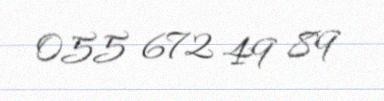
055 672 49 89